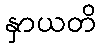
နှာယတိ